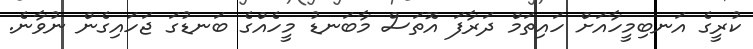
ކުރީގެ އަނބިމީހާއަށް ހައިތަމް ދަރާފަ އޮތަސް މާބަނޑު މީހެއްގެ ބަނޑުގަ ޖަހައިގެން ނުވާނެ.